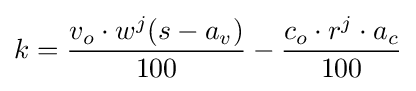
k={v_{o}\cdot w^{j}(s-a_{v}) \over 100}-{c_{o}\cdot r^{j}\cdot a_{c} \over 100}